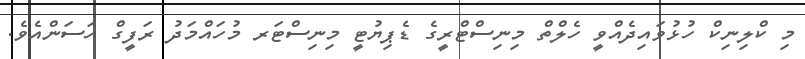
މި ކްލިނިކް ހުޅުވައިދެއްވީ ހެލްތް މިނިސްޓްރީގެ ޑެޕިޔުޓީ މިނިސްޓަރ މުހައްމަދު ރަފީގް ހަސަންއެވެ.